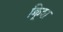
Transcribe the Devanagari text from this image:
क्र्रिश